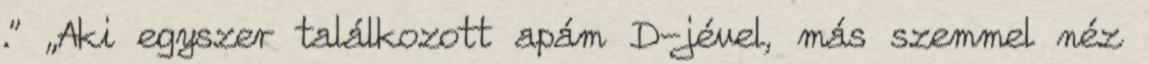
.” „Aki egyszer találkozott apám D-jével, más szemmel néz